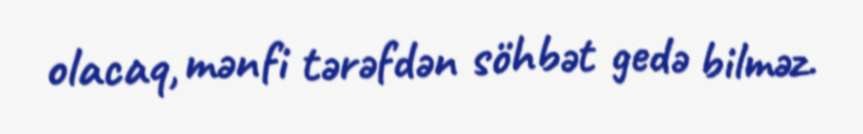
olacaq, mənfi tərəfdən söhbət gedə bilməz.